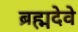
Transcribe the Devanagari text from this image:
ब्रह्मदेवे